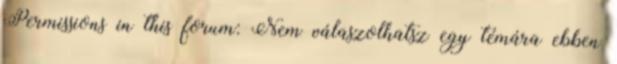
Permissions in this forum: Nem válaszolhatsz egy témára ebben